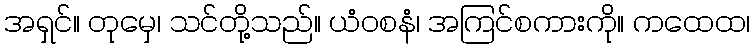
အရှင်။ တုမှေ၊ သင်တို့သည်။ ယံဝစနံ၊ အကြင်စကားကို။ ကထေထ၊